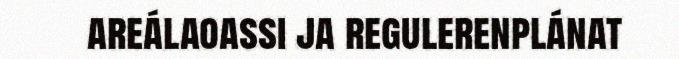
areálaoassi ja regulerenplánat